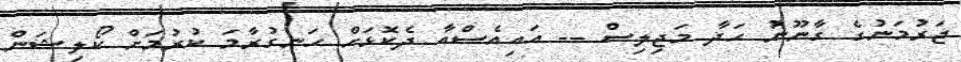
ޖަރުމަނުގެ ގާނޫނު ހަދާ މަޖިލިސް -- އައިއެސްއާ ދެކޮޅަށް ހަނގުރާމަ ކުރުމަށް ކޯލިޝަން